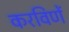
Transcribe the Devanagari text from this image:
करविणें